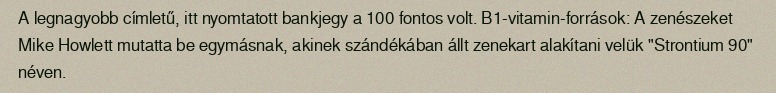
A legnagyobb címletű, itt nyomtatott bankjegy a 100 fontos volt. B1-vitamin-források: A zenészeket Mike Howlett mutatta be egymásnak, akinek szándékában állt zenekart alakítani velük "Strontium 90" néven.